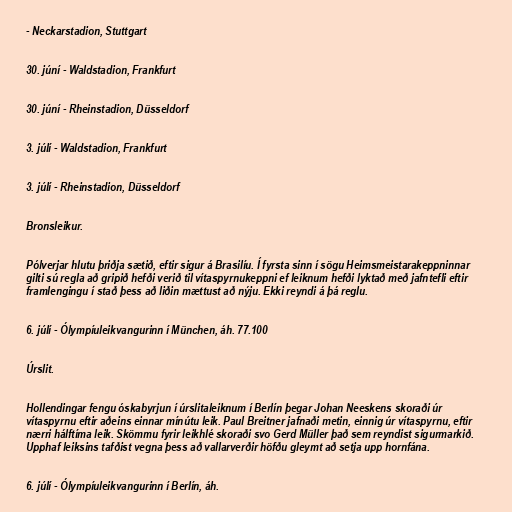
- Neckarstadion, Stuttgart

30. júní - Waldstadion, Frankfurt

30. júní - Rheinstadion, Düsseldorf

3. júlí - Waldstadion, Frankfurt

3. júlí - Rheinstadion, Düsseldorf

Bronsleikur.

Pólverjar hlutu þriðja sætið, eftir sigur á Brasilíu. Í fyrsta sinn í sögu Heimsmeistarakeppninnar
gilti sú regla að gripið hefði verið til vítaspyrnukeppni ef leiknum hefði lyktað með jafntefli eftir
framlengingu í stað þess að liðin mættust að nýju. Ekki reyndi á þá reglu.

6. júlí - Ólympíuleikvangurinn í München, áh. 77.100

Úrslit.

Hollendingar fengu óskabyrjun í úrslitaleiknum í Berlín þegar Johan Neeskens skoraði úr
vítaspyrnu eftir aðeins einnar mínútu leik. Paul Breitner jafnaði metin, einnig úr vítaspyrnu, eftir
nærri hálftíma leik. Skömmu fyrir leikhlé skoraði svo Gerd Müller það sem reyndist sigurmarkið.
Upphaf leiksins tafðist vegna þess að vallarverðir höfðu gleymt að setja upp hornfána.

6. júlí - Ólympíuleikvangurinn í Berlín, áh.